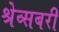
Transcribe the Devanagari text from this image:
श्रेव्सबरी